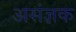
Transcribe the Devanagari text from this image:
असंज्ञक